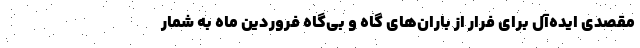
مقصدی ایده‌آل برای فرار از باران‌های گاه و بی‌گاه فروردین ماه به شمار